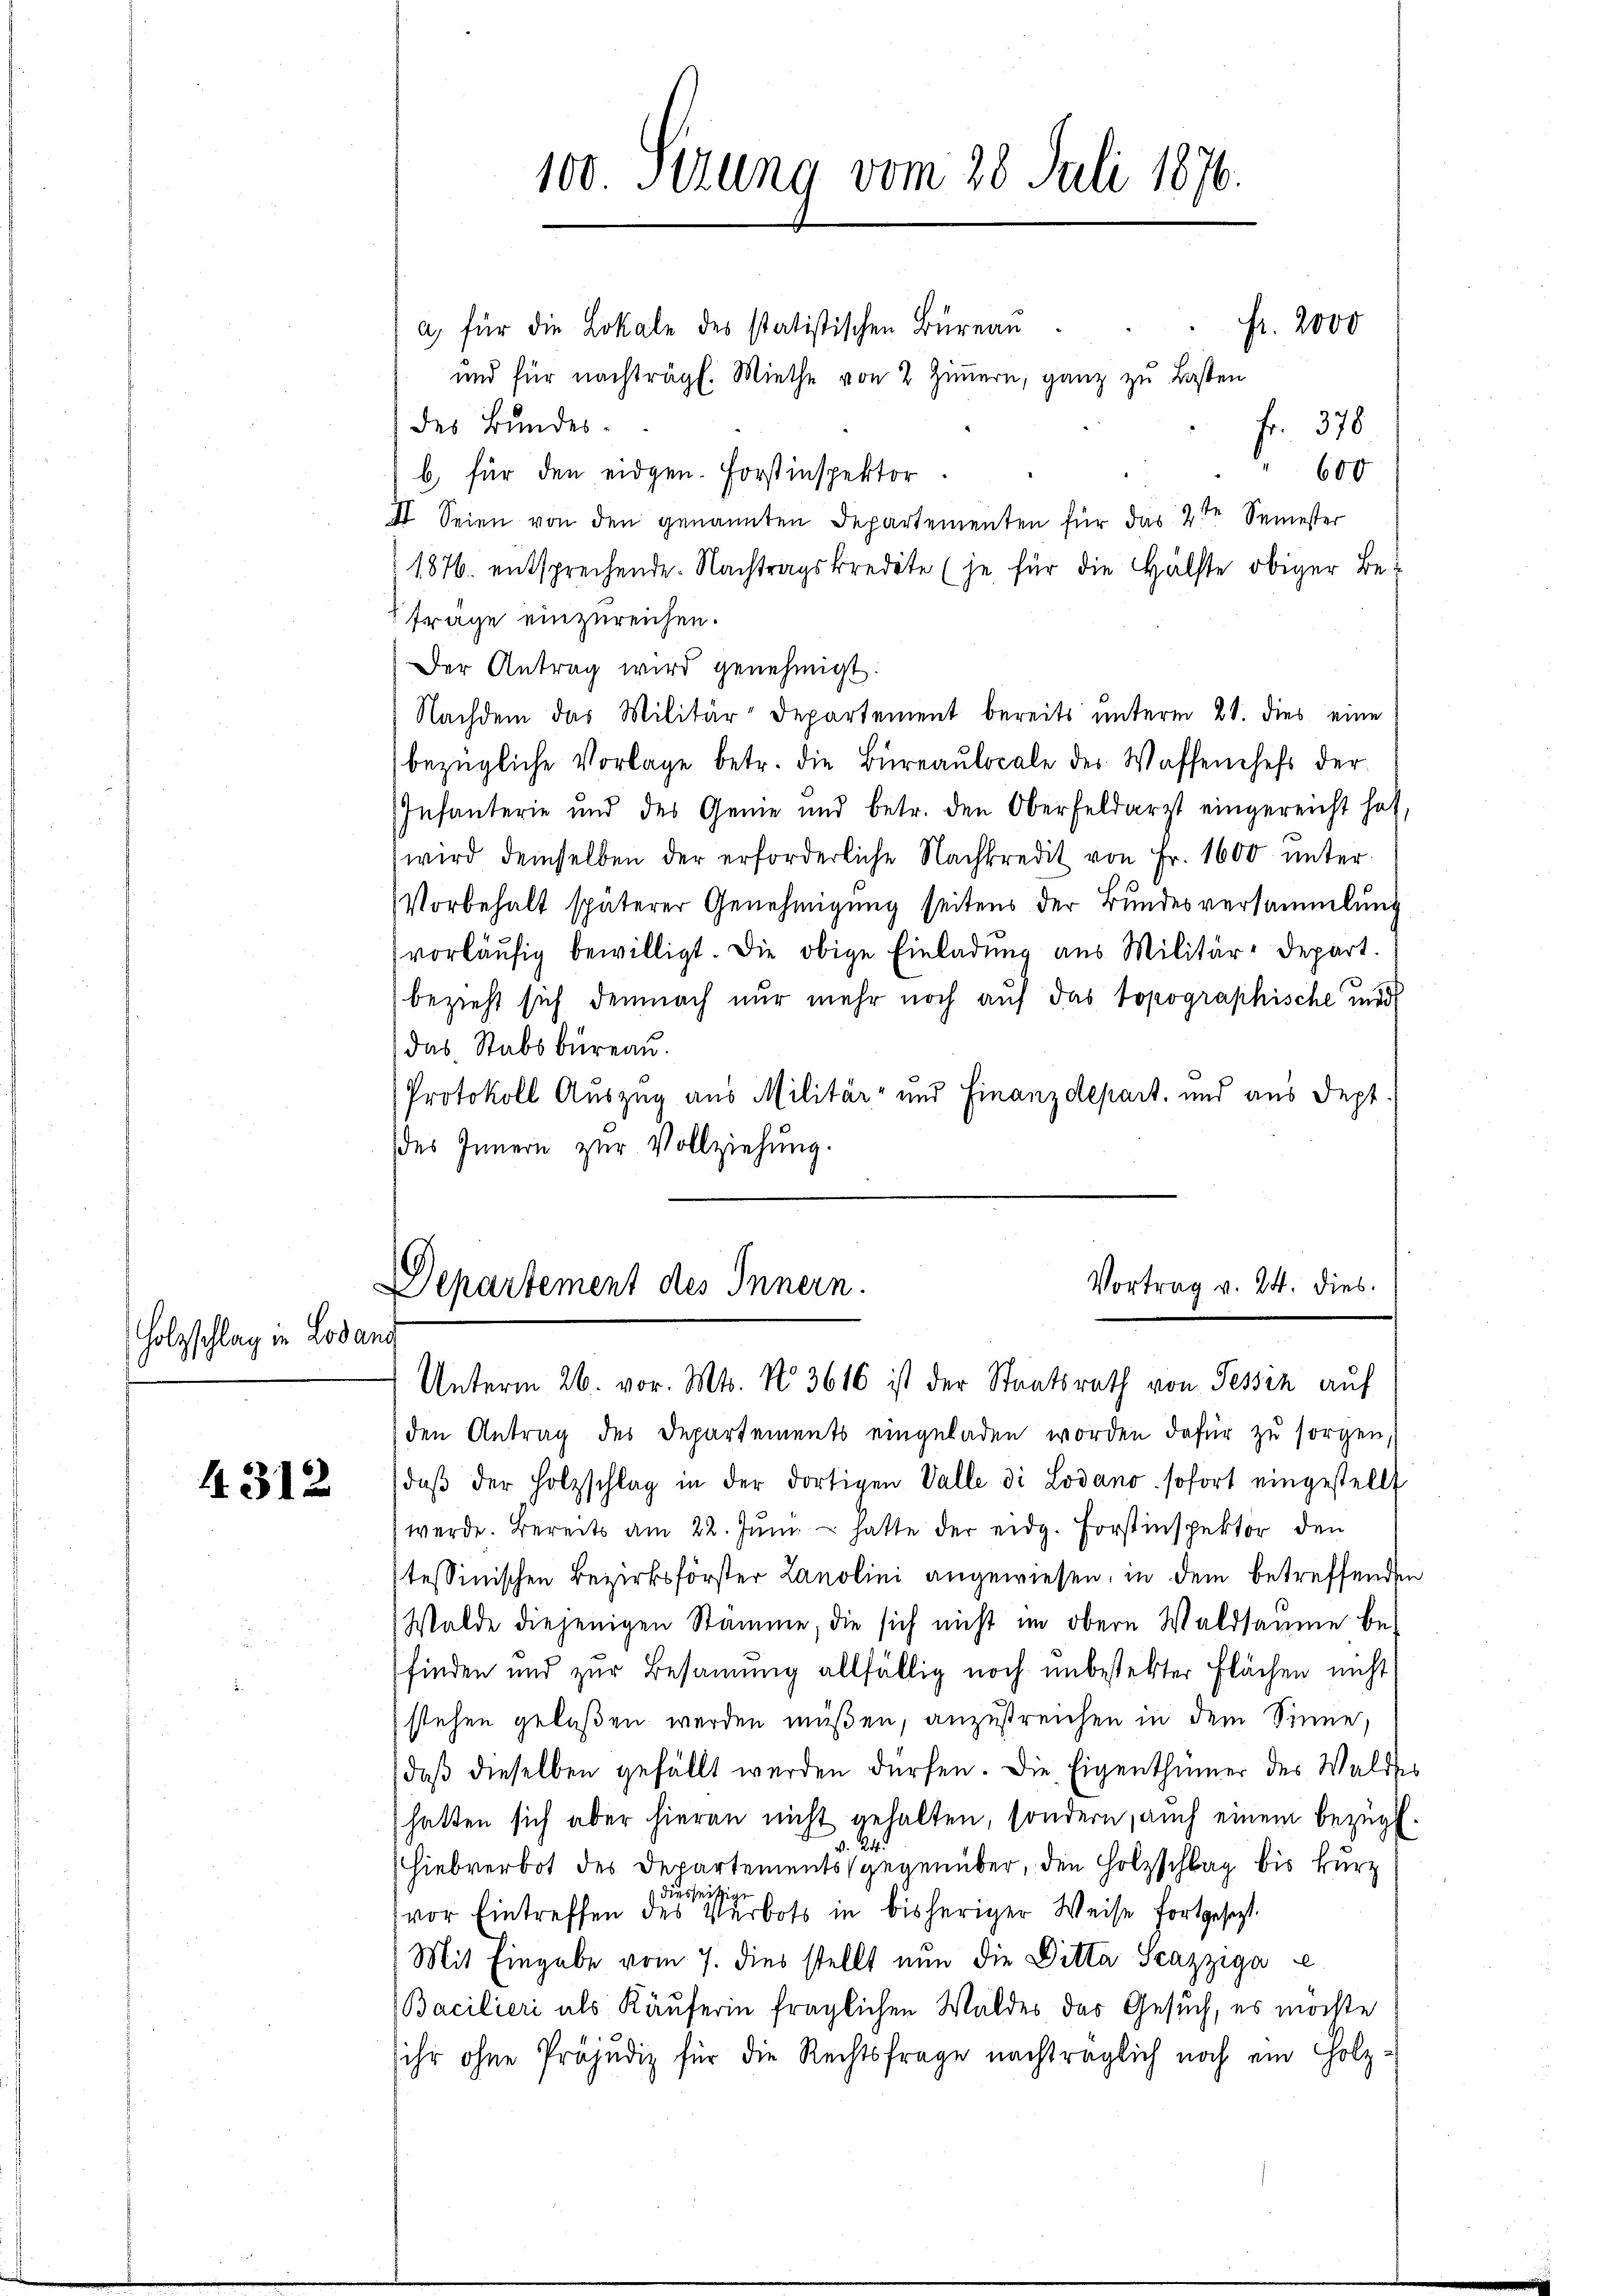
Holzschlag in Lodand

4312

a) für die Lokale des statistischen Büreau
und für nachträgt. Miethe von 2 Zimmern, ganz zu Lasten
des Bundes-
fr. 378
600
b für den eidgen. Forstinspektor.
I. Seien von den genannten Departementen für das 2ten Semester
1876. entsprechende. Nachtragskredite (je für die Hälfte obiger Befrage einzureichen.
Der Antrag wird genehmigt.
Nachdem das Militär-Departement bereits unterm 28. dies eine
bezügliche Vorlage betr. die Bureaulocale des Waffenchefs der
Infanterie und des Genie und betr. den Oberfeldarzt eingereicht hat,
wird demselben der erforderliche Nachkredit von Fr. 1600 unter
Vorbehalt späterer Genehmigung seitens der Bundesversammlung
vorläŭfig bewilligt. Die obige Einladung aus Militär-Depart.
bezieht sich demnach nur mehr noch auf das topographische und
das Stabsbureau.
Protokoll Auszug aus Militär- und Finanzdepart, und aus Sept.
des Innern zur Vollziehung.

100. Sizung vom 28. Juli 1876.

fr. 2000

Vortrag v. 24. dies.
DDepartement des Innern.
Unterm 26. vor. Mts. No. 3616 ist der Staatsrath von Tessin auf

den Antrag des Departements eingeladen worden dafür zu sorgen.
daβ der Holzschlag in der dortigen Valle di Lodano sofort eingestellt
werde. Bereits am 22. Juni. – hatte der eidg. Forstinspektor den
tessinischen Bezirksförster Lanolini angewiesen, in dem betreffenden
Walde diejenigen Stamme, die sich nicht im obern Waldsamme be-
finden und zur Besammung allfällig noch unbestekter Flächen nicht
stehen gelaßen werden müßen, anzustreichen in dem Sinne,
daβ dieselben gefällt werden dürfen. Die Eigenthümer der Waldes
hatten sich aber hieran nicht gehalten, sondern, auch einem bezügl.
4.
Hiebverbot des Departements gegenüber, den Holzschlag bis kurz
diesseitige
vor Eintreffen des Verbots in bisheriger Weise fortgesezt.
Mit Eingabe vom 7. dies stellt nun die Ditta Scazziga
Bacilieri als Käuferin fraglichen Waldes das Gesuch, es möchte
ihr ohne Präjudiz für die Rechtsfrage nachträglich noch ein Holz-